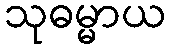
သုဓမ္မာယ